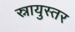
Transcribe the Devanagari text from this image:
स्नायुस्तर